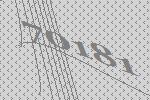
70181